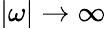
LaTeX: |\omega|\to\infty